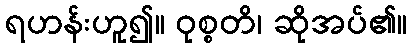
ရဟန်းဟူ၍။ ဝုစ္စတိ၊ ဆိုအပ်၏။